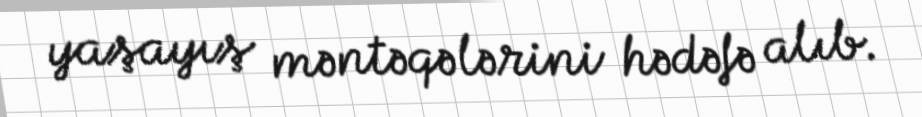
yaşayış məntəqələrini hədəfə alıb.